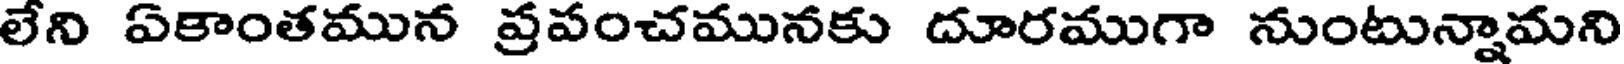
లేని ఏకాంతమున ప్రపంచమునకు దూరముగా నుంటున్నామని